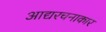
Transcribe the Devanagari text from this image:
आद्यरचनाकार